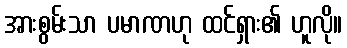
အားစွမ်းသာ ပမာဏဟု ထင်ရှား၏ ဟူလို။